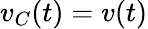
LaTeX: v_{C}(t)=v(t)